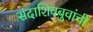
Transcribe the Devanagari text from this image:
सदाशिवबुवांची